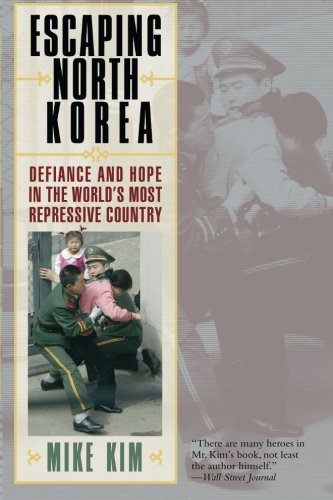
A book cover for Escaping North Korea: Defiance and Hope in the World's Most Repressive Country; Mike Kim; History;